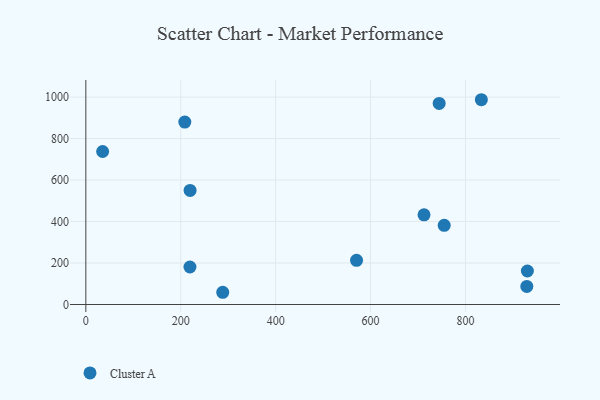
{"axis": {"x": "Distance", "y": "Exam Score"}, "legend": ["Cluster A"], "data": [{"x": "219.4", "y": 180.8, "type": "Cluster A"}, {"x": "219.7", "y": 550.1, "type": "Cluster A"}, {"x": "712.7", "y": 432.6, "type": "Cluster A"}, {"x": "288.5", "y": 59.0, "type": "Cluster A"}, {"x": "929.3", "y": 87.1, "type": "Cluster A"}, {"x": "744.6", "y": 969.6, "type": "Cluster A"}, {"x": "833.5", "y": 987.3, "type": "Cluster A"}, {"x": "930.5", "y": 161.5, "type": "Cluster A"}, {"x": "755.2", "y": 381.9, "type": "Cluster A"}, {"x": "570.5", "y": 213.2, "type": "Cluster A"}, {"x": "208.6", "y": 879.6, "type": "Cluster A"}, {"x": "35.4", "y": 737.7, "type": "Cluster A"}]}